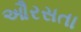
ઔરસતા